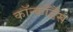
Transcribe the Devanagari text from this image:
कॉन्कॉर्डैंस